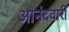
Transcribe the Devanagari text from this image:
आनंदवारी